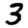
Digit: 3